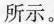
所示。